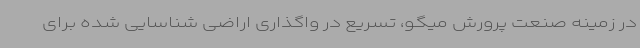
در زمینه صنعت پرورش میگو، تسریع در واگذاری اراضی شناسایی شده برای